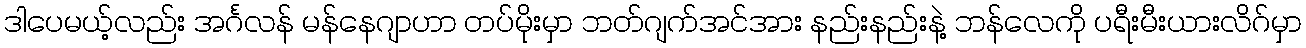
ဒါပေမယ့်လည်း အင်္ဂလန် မန်နေဂျာဟာ တပ်မိုးမှာ ဘတ်ဂျက်အင်အား နည်းနည်းနဲ့ ဘန်လေကို ပရီးမီးယားလိဂ်မှာ